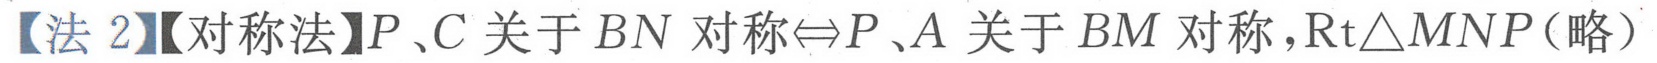
【法 2】【对称法】\(P\)、\(C\)关于\(BN\)对称\(\Leftrightarrow P\)、\(A\)关于\(BM\)对称，\(\mathrm{Rt}\triangle MNP\)(略)